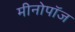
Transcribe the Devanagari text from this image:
मीनोपॉज